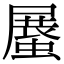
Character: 𧎰